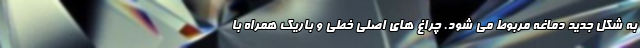
به شکل جدید دماغه مربوط می شود. چراغ های اصلی خطی و باریک همراه با